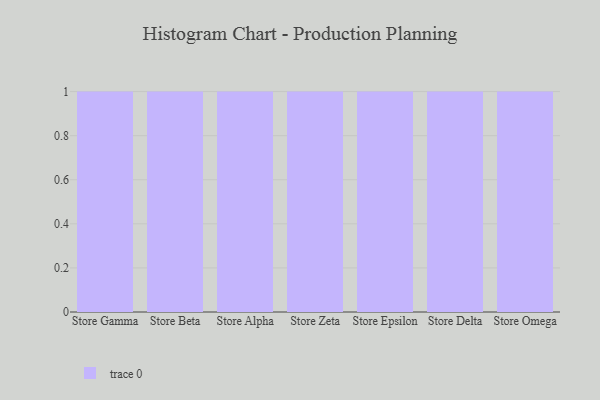
{"axis": {"x": "Store", "y": "Headcount"}, "legend": [""], "data": [{"x": "Store Gamma", "y": 94, "type": ""}, {"x": "Store Beta", "y": 79, "type": ""}, {"x": "Store Alpha", "y": 29, "type": ""}, {"x": "Store Zeta", "y": 85, "type": ""}, {"x": "Store Epsilon", "y": 40, "type": ""}, {"x": "Store Delta", "y": 31, "type": ""}, {"x": "Store Omega", "y": 37, "type": ""}]}